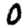
Digit: 0